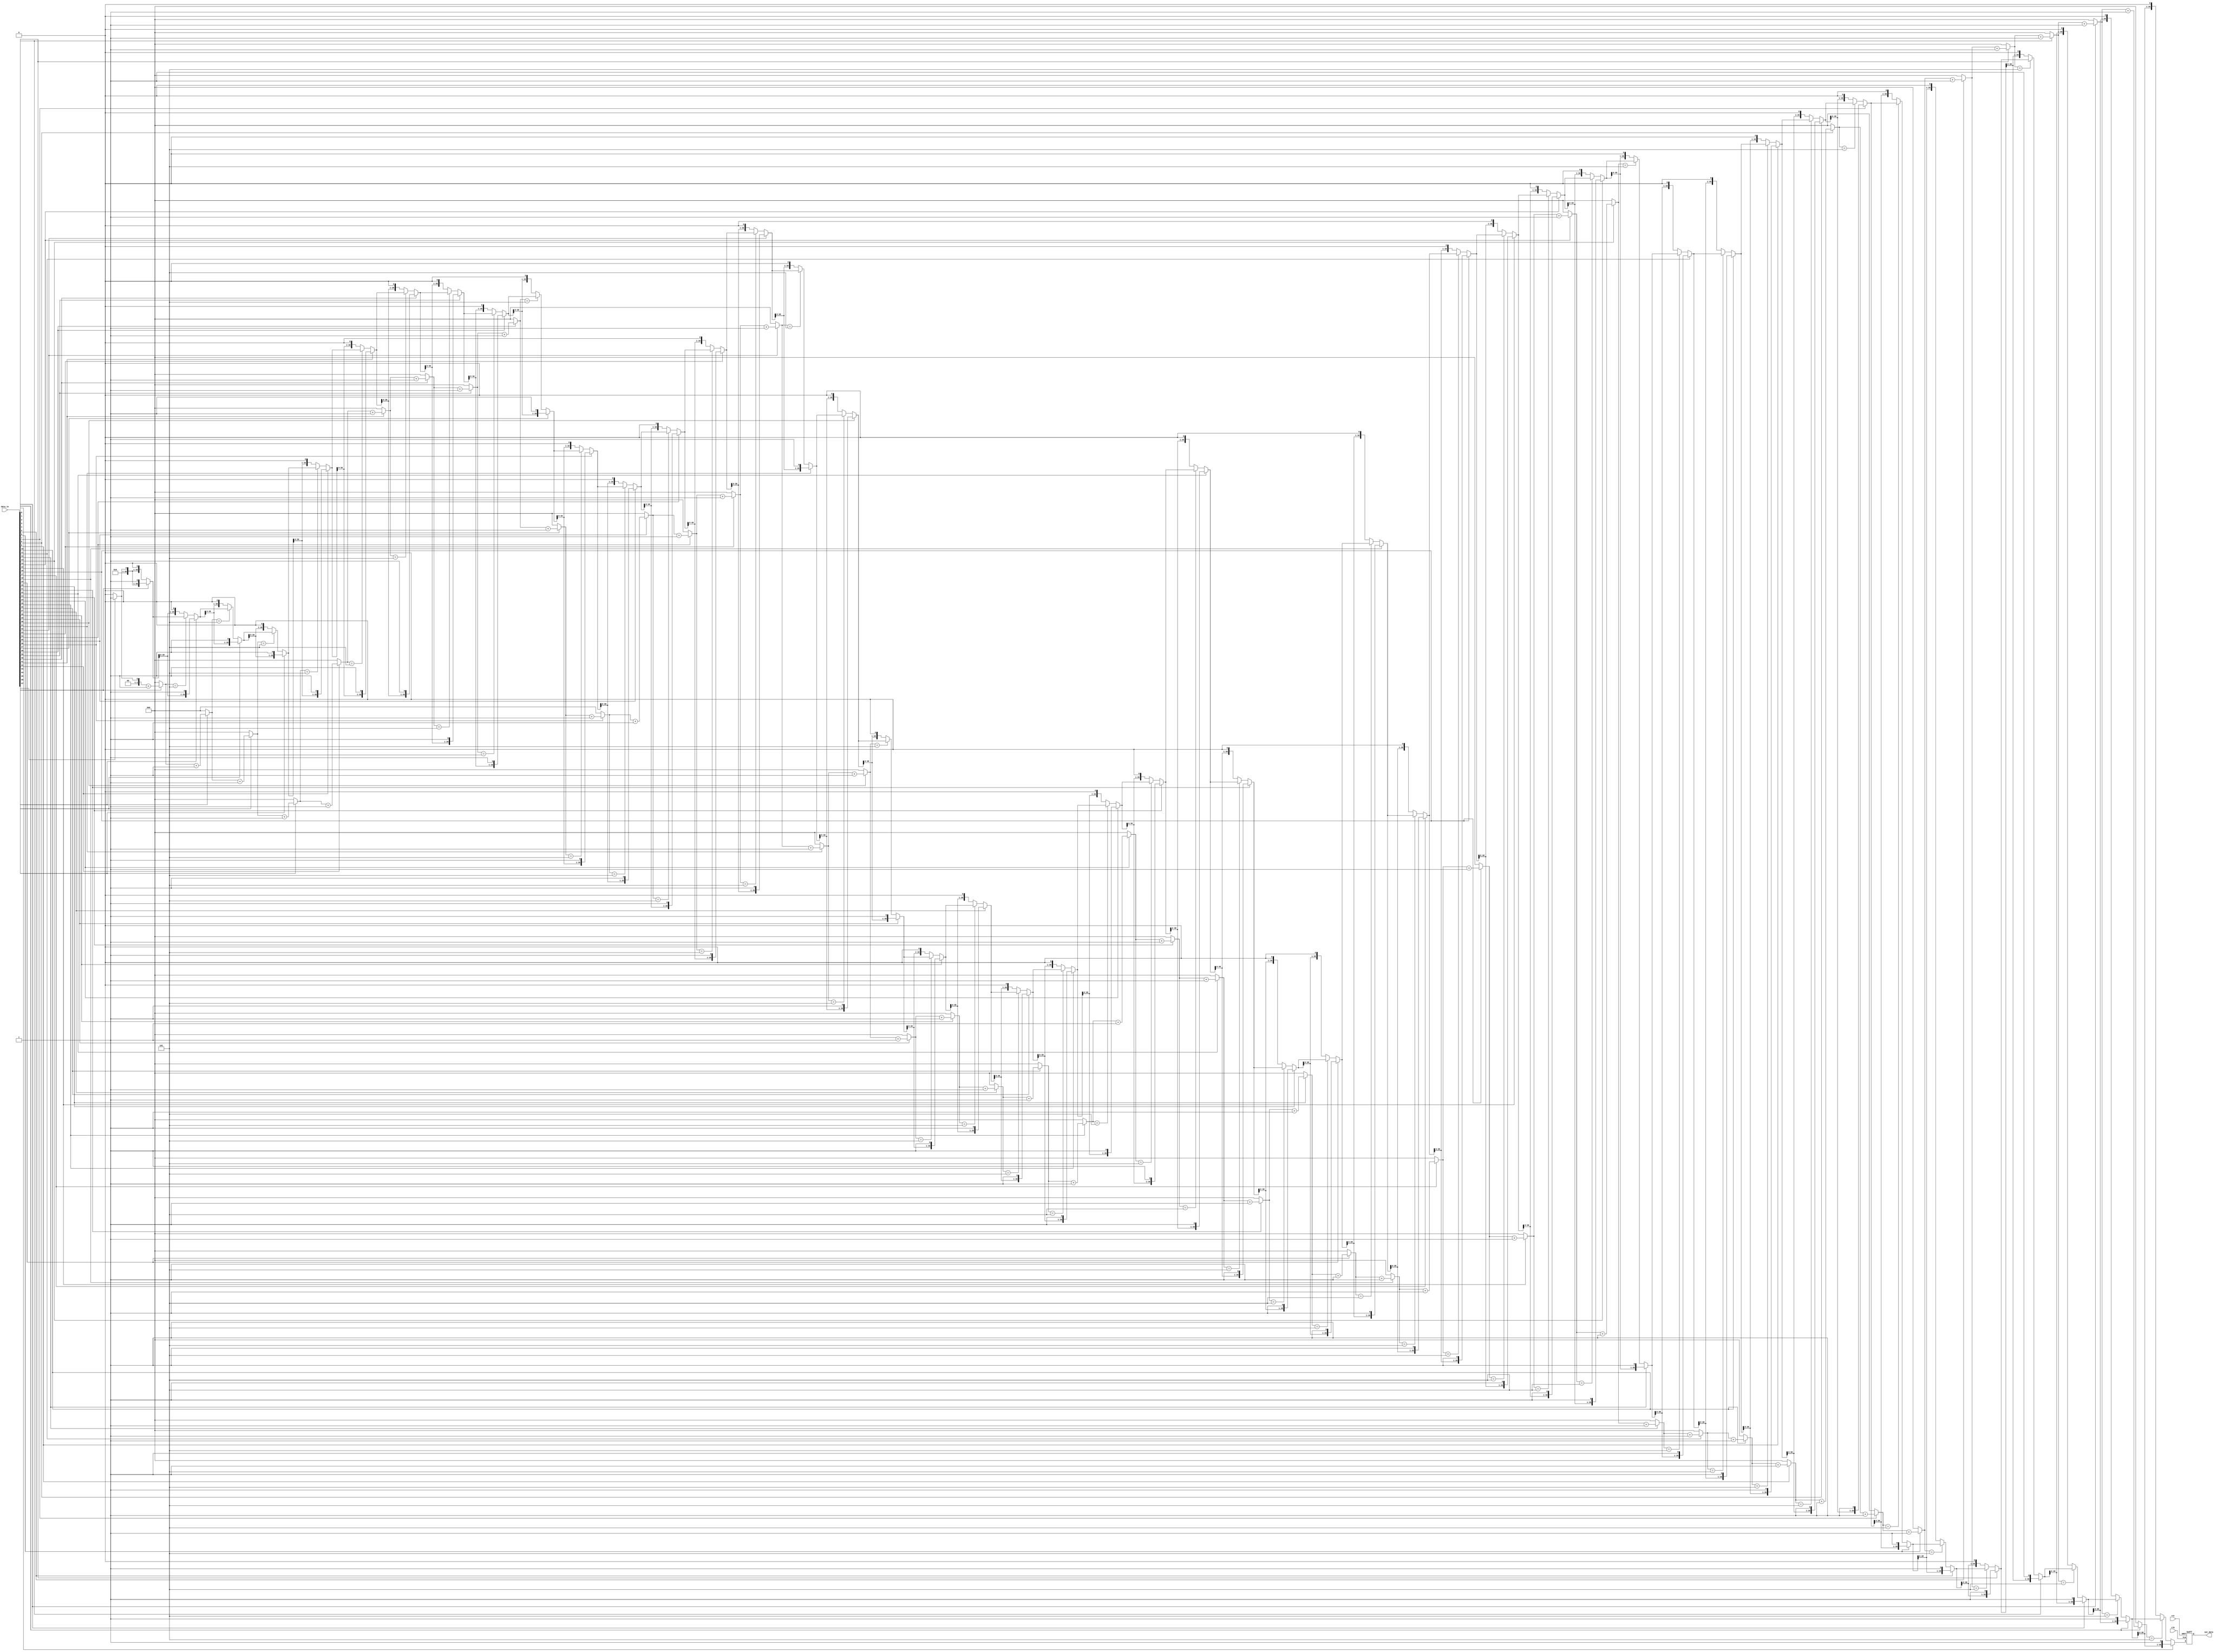
`timescale 1ns/1ps

module deletezero(
    // input
    input wire clk,
    input wire rst,
    input wire [47:0]data_in,
    // output
    output reg [39:0]out_data
);

integer i;
reg [2:0]flag;
reg [39:0]data;


always @(posedge clk or posedge rst) begin
    if (rst) begin
        // reset
        out_data <= 40'd0;
    end
    else begin
        out_data <= data;
    end
end

always @(data_in) begin
    data = 40'd0;
    flag = 3'd0;
     
    for(i = 47; i >= 0; i = i-1) begin
        if (data_in[i] == 1) begin
            flag = flag + 1'b1;
            data = {data, data_in[i]};
        end
        else begin
            if (flag == 3'd5) begin
                flag = 3'd0;
            end
            else begin
                flag = 3'd0;
                data = {data, data_in[i]};
            end
        end
    end
end

endmodule